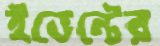
ইভেন্টের